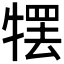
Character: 𰠹